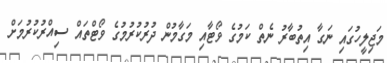
މަޖިލީހުގައި ނަގާ އިތުބާރު ނެތް ކަމުގެ ވޯޓާއި މަގާމުން ދުރުކުރުމުގެ ވޯޓްތައް ސިއްރުކުރުމަށް